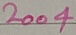
Text: 2004